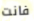
فانت